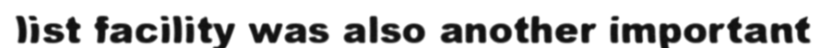
list facility was also another important